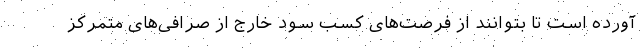
آورده است تا بتوانند از فرصت‌های کسب سود خارج از صرافی‌های متمرکز